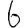
Digit: 6